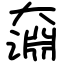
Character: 奫